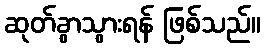
ဆုတ်ခွာသွားရန် ဖြစ်သည်။